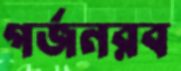
গর্জনরব